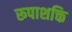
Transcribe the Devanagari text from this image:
रूपाशक्ति